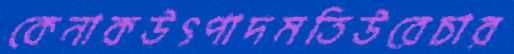
কেনাকউৎপাদমতিউরেচার